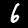
Label: 6